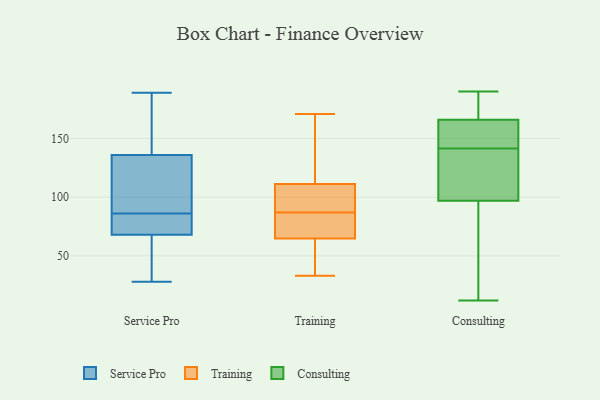
{"axis": {"x": "Page Views", "y": "Value"}, "legend": ["Consulting", "Service Pro", "Training"], "data": [{"x": "", "y": 28, "type": "Service Pro"}, {"x": "", "y": 88, "type": "Service Pro"}, {"x": "", "y": 66, "type": "Service Pro"}, {"x": "", "y": 66, "type": "Service Pro"}, {"x": "", "y": 69, "type": "Service Pro"}, {"x": "", "y": 116, "type": "Service Pro"}, {"x": "", "y": 131, "type": "Service Pro"}, {"x": "", "y": 114, "type": "Service Pro"}, {"x": "", "y": 51, "type": "Service Pro"}, {"x": "", "y": 77, "type": "Service Pro"}, {"x": "", "y": 182, "type": "Service Pro"}, {"x": "", "y": 84, "type": "Service Pro"}, {"x": "", "y": 173, "type": "Service Pro"}, {"x": "", "y": 136, "type": "Service Pro"}, {"x": "", "y": 73, "type": "Service Pro"}, {"x": "", "y": 151, "type": "Service Pro"}, {"x": "", "y": 189, "type": "Service Pro"}, {"x": "", "y": 68, "type": "Service Pro"}, {"x": "", "y": 74, "type": "Training"}, {"x": "", "y": 109, "type": "Training"}, {"x": "", "y": 149, "type": "Training"}, {"x": "", "y": 112, "type": "Training"}, {"x": "", "y": 62, "type": "Training"}, {"x": "", "y": 171, "type": "Training"}, {"x": "", "y": 33, "type": "Training"}, {"x": "", "y": 63, "type": "Training"}, {"x": "", "y": 70, "type": "Training"}, {"x": "", "y": 87, "type": "Training"}, {"x": "", "y": 103, "type": "Training"}, {"x": "", "y": 163, "type": "Consulting"}, {"x": "", "y": 141, "type": "Consulting"}, {"x": "", "y": 190, "type": "Consulting"}, {"x": "", "y": 166, "type": "Consulting"}, {"x": "", "y": 146, "type": "Consulting"}, {"x": "", "y": 55, "type": "Consulting"}, {"x": "", "y": 184, "type": "Consulting"}, {"x": "", "y": 36, "type": "Consulting"}, {"x": "", "y": 12, "type": "Consulting"}, {"x": "", "y": 115, "type": "Consulting"}, {"x": "", "y": 97, "type": "Consulting"}, {"x": "", "y": 167, "type": "Consulting"}, {"x": "", "y": 137, "type": "Consulting"}, {"x": "", "y": 142, "type": "Consulting"}]}